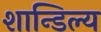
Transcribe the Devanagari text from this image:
शान्डिल्य